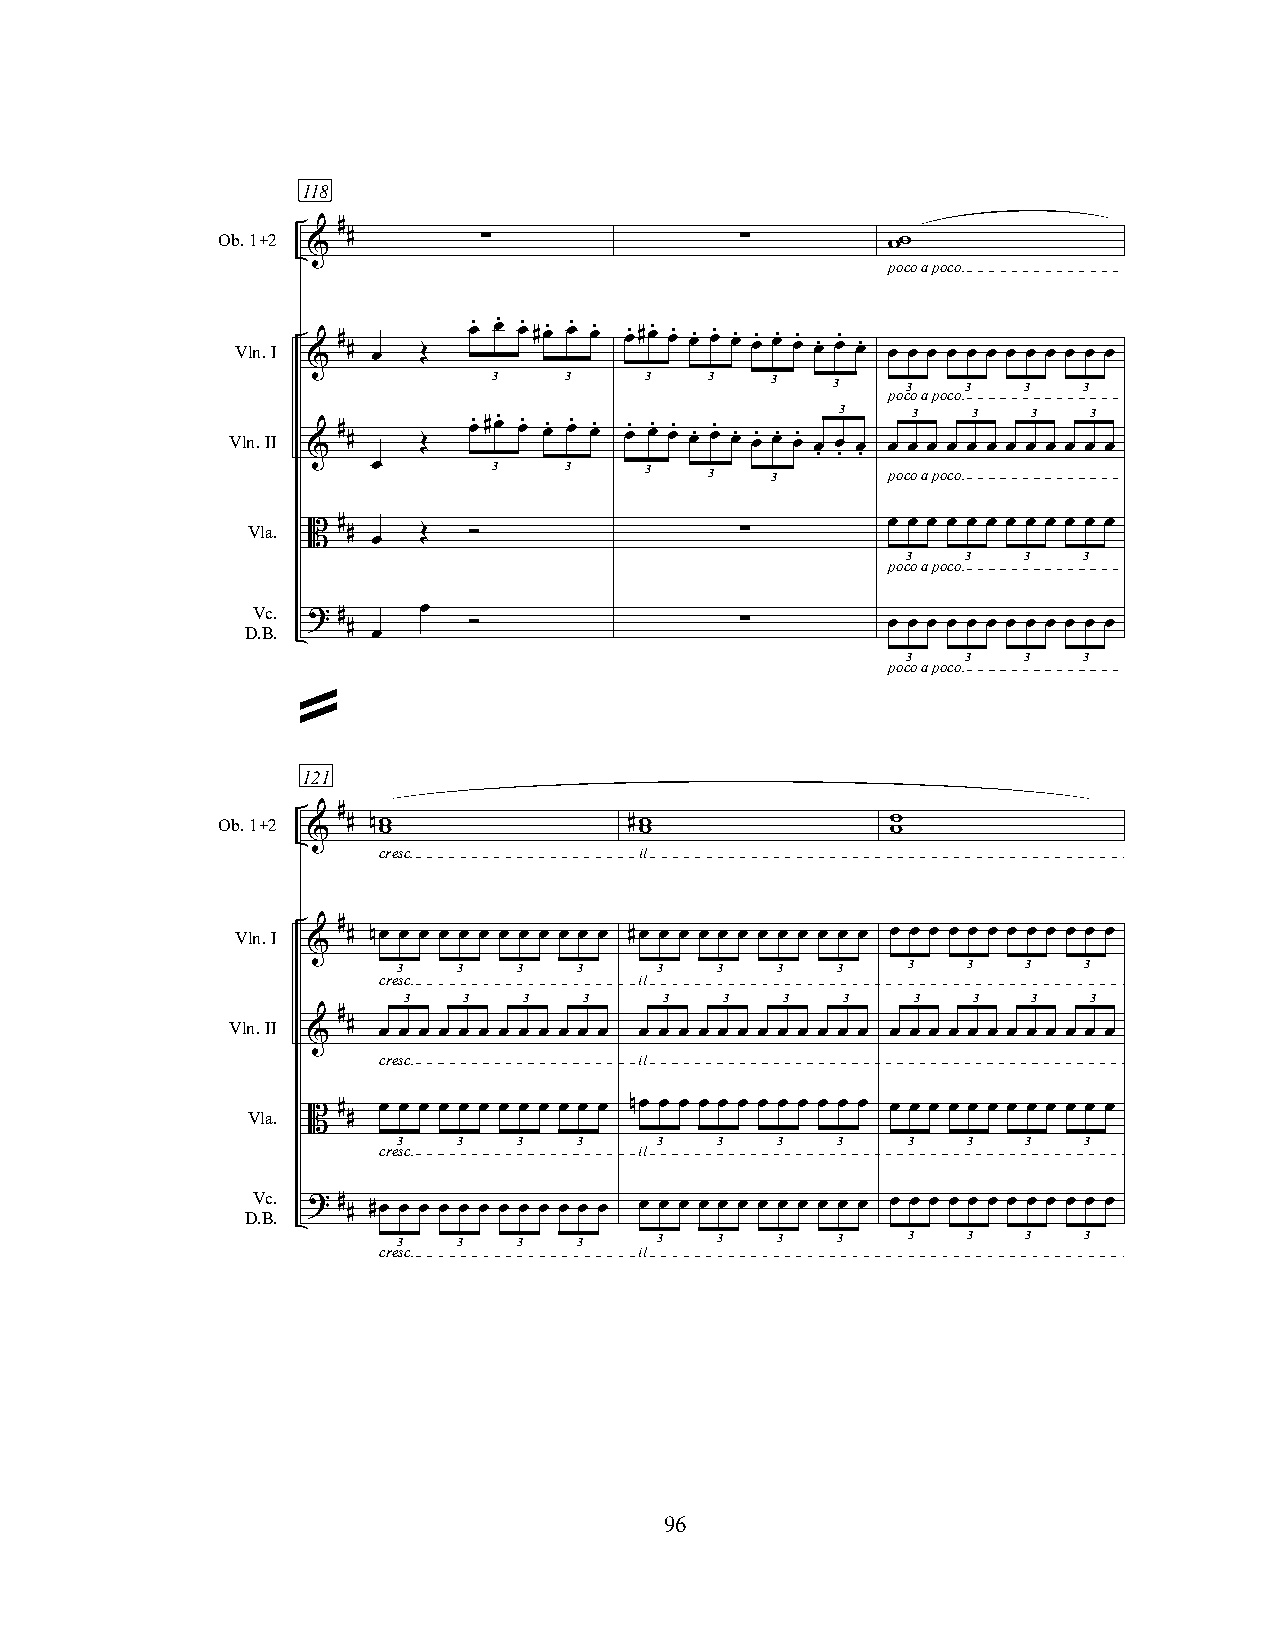
118
 #
 Ob.1+2
 &
 #        ∑                ∑         ww
 pocoapoco.
 Vln.I & # # œ Œ œ. œ. œ. #œ. œ. œ. œ.#œ. œ. œ. œ. œ. œ. œ. œ. œ. œ. œ. œ œ œ œ œ œ œ œ œ œ œ œ
 3   3     3   3   3   3    3   3   3   3
 pocoapoco.
 3   3   3   3   3
 Vln.II & # # Œ  œ. #œ. œ. œ. œ. œ. œ. œ. œ. œ. œ. œ. œ. œ. œ. œ . œ . œ . œ œ œ œ œ œ œ œ œ œ œ œ
 œ       3   3     3   3   3       pocoapoco.
 Vla.  #                                    œ œ œ œ œ œ œ œ œ œ œ œ
 B  #    Œ  ”                 ∑
 œ
 3   3   3   3
 pocoapoco.
 Vc.        œ
 ? #
 D.B.   #       ”                 ∑         œ œ œ œ œ œ œ œ œ œ œ œ
 œ
 3   3   3   3
 pocoapoco.
 »
 121
 #
 Ob.1+2   # nw               #w               w
 &    w                w                w
 cresc.           il
 #
 Vln.I  # nœ œ œ œ œ œ œ œ œ œ œ œ #œ œ œ œ œ œ œ œ œ œ œ œ œ œ œ œ œ œ œ œ œ œ œ œ
 &
 3   3   3   3     3  3   3   3    3   3   3   3
 cresc.           il
 3   3   3   3    3   3   3   3    3  3   3   3
 #
 Vln.II  #
 &    œ œ œ œ œ œ œ œ œ œ œ œ œ œ œ œ œ œ œ œ œ œ œ œ œ œ œ œ œ œ œ œ œ œ œ œ
 cresc.           il
 Vla.  #  œ œ œ œ œ œ œ œ œ œ œ œ nœ œ œ œ œ œ œ œ œ œ œ œ œ œ œ œ œ œ œ œ œ œ œ œ
 B  #
 3   3   3   3     3  3   3   3    3   3   3   3
 cresc.           il
 Vc.
 D.B. ? # # #œ œ œ œ œ œ œ œ œ œ œ œ œ œ œ œ œ œ œ œ œ œ œ œ œ œ œ œ œ œ œ œ œ œ œ œ
 3   3   3   3     3  3   3   3    3   3   3   3
 cresc.           il
 96